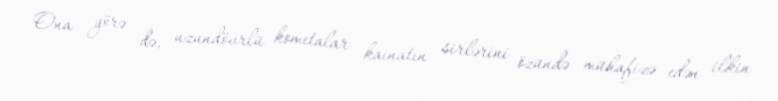
Ona görə də, uzundövrlü kometalar kainatın sirlərini özündə mühafizə edən ilkin